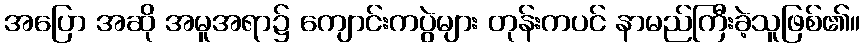
အပြော အဆို အမူအရာ၌ ကျောင်းကပွဲများ တုန်းကပင် နာမည်ကြီးခဲ့သူဖြစ်၏။